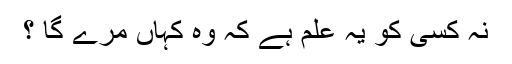
نہ کسی کو یہ علم ہے کہ وہ کہاں مرے گا ؟